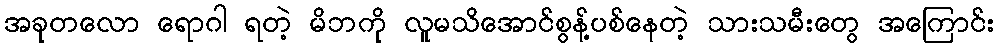
အခုတလော ရောဂါ ရတဲ့ မိဘကို လူမသိအောင်စွန့်ပစ်နေတဲ့ သားသမီးတွေ အကြောင်း